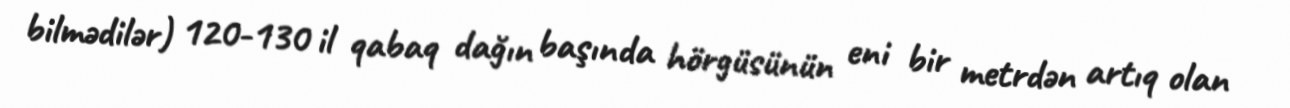
bilmədilər) 120-130 il qabaq dağın başında hörgüsünün eni bir metrdən artıq olan